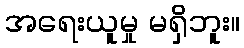
အရေးယူမှု မရှိဘူး။